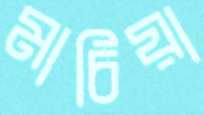
মাচিয়া